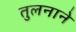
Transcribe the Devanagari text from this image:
तुलनाने